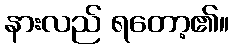
နားလည် ရတော့၏။